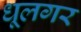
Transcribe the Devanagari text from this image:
धूलगर